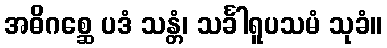
အဓိဂစ္ဆေ ပဒံ သန္တံ၊ သင်္ခါရူပသမံ သုခံ။